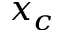
x _ { c }